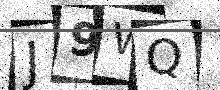
Text: J9WQ